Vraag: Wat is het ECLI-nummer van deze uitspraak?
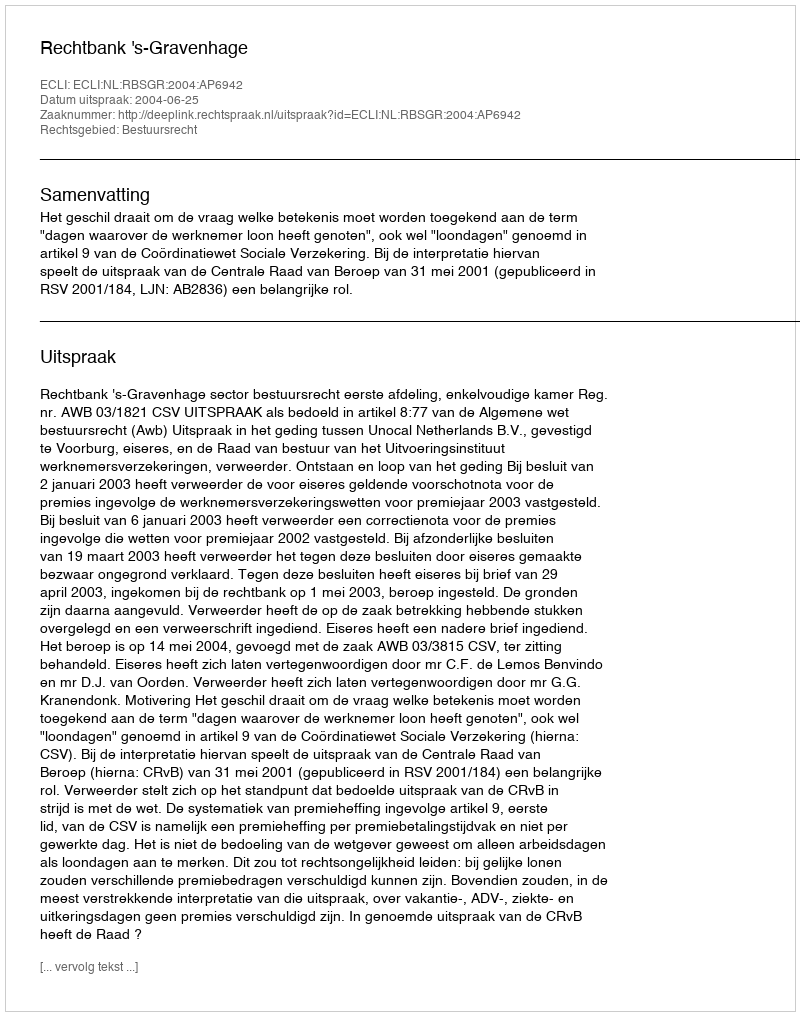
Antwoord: ECLI:NL:RBSGR:2004:AP6942